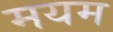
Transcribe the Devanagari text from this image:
मयम